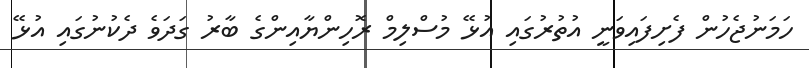
ހަމަނުޖެހުން ފެށިފައިވަނީ އުތުރުގައި އުޅޭ މުސްލިމް ރޮހިންޔާއިންގެ ބާރު ގަދަވެ ދެކުނުގައި އުޅޭ